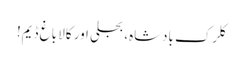
کلرک بادشاہ، بجلی اور کالا باغ ڈیم!